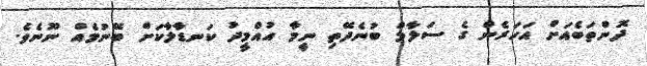
ދޮންތަބެއަށް އަހަރެން ގެ ސަލާމް ބުނެދޭތި ނީމާ އުއްމީދު ކަނޑާލާކަށް ބޭނުމެއް ނޫނެވެ.